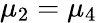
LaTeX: \mu_{2}=\mu_{4}